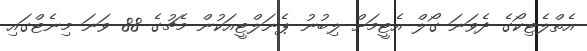
އެތްލެޓިކޯގެ ދެވަނަ ގޯލް އެޓީމަށް ލިބުނު ޕެނަލްޓީއަކުން މެޗުގެ 88 ވަނަ މިނެޓްގައި